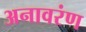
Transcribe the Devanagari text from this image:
अनावरंण